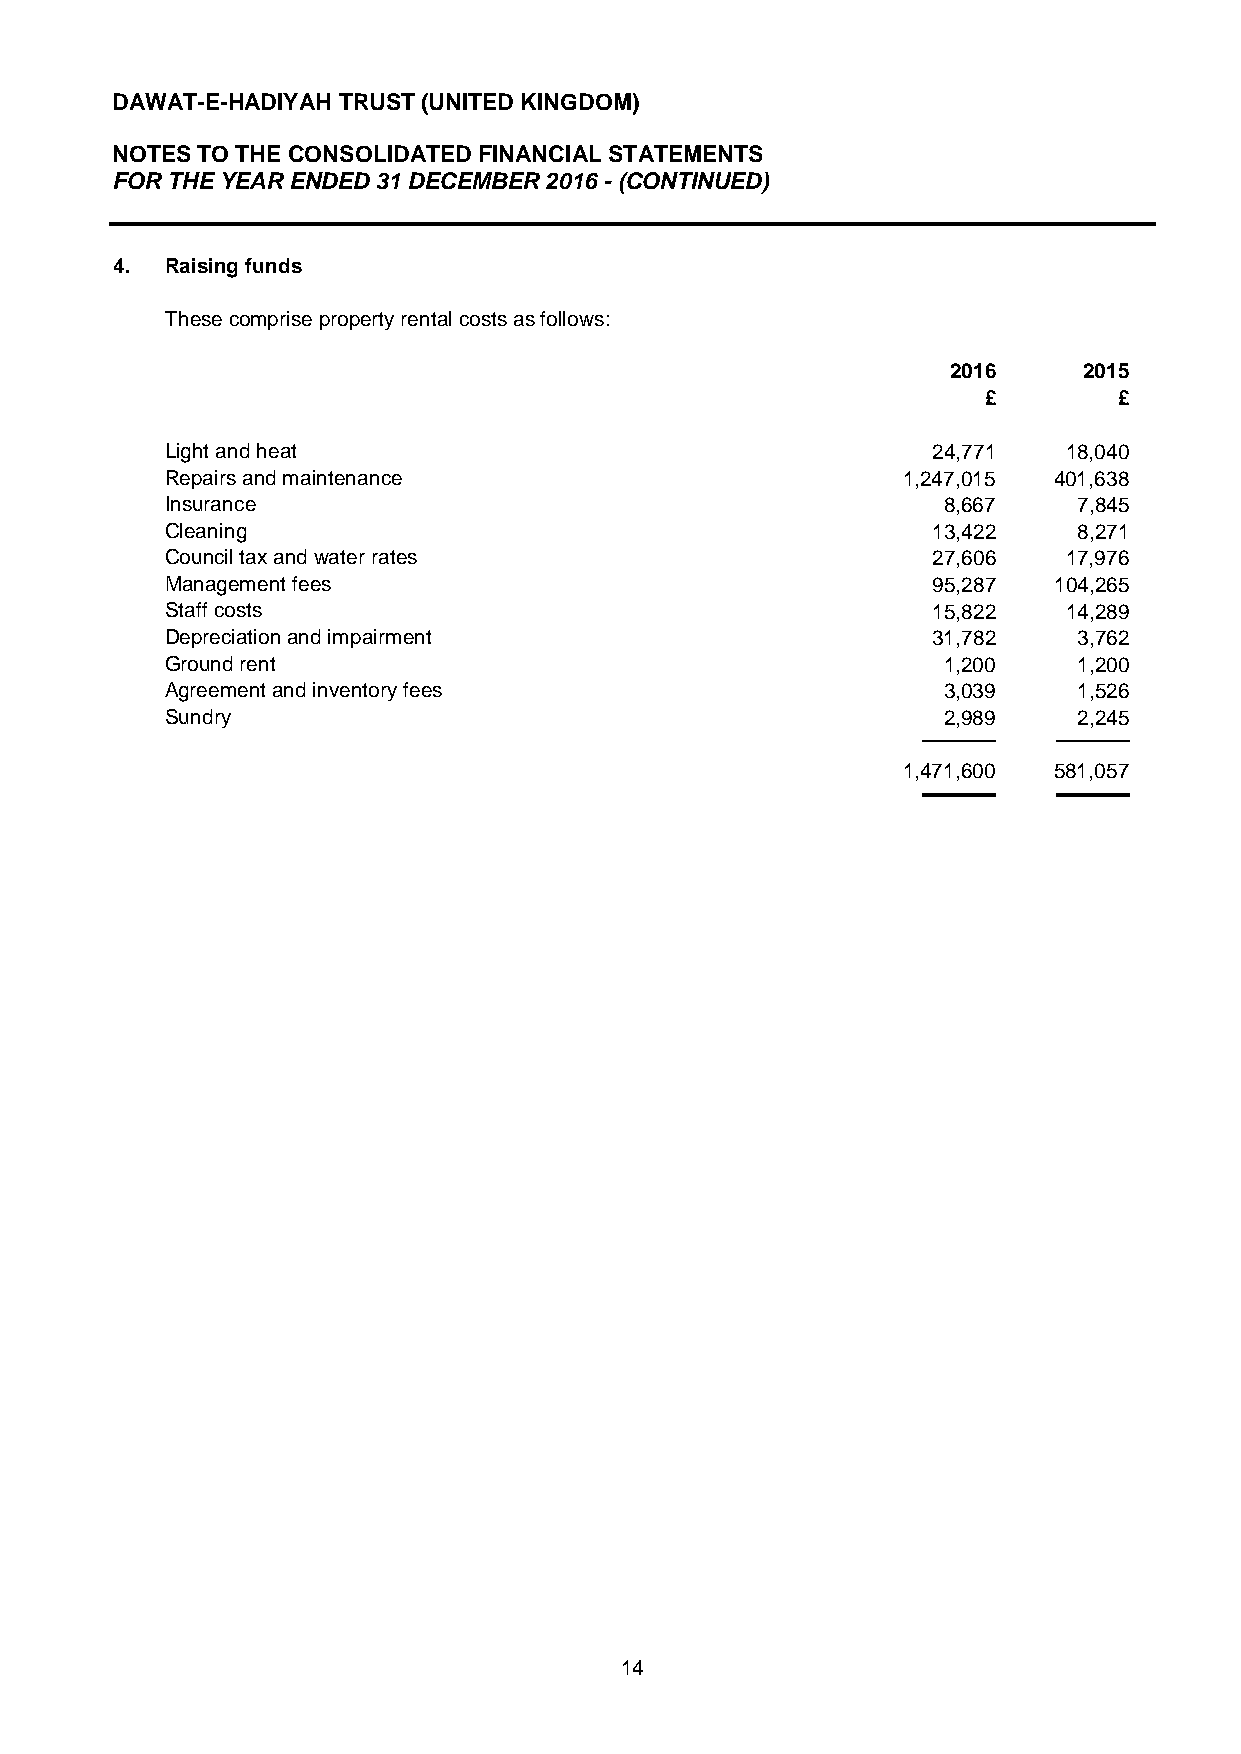
DAWAT-E-HADIYAH TRUST (UNITED KINGDOM)
 NOTES TO THE CONSOLIDATED FINANCIAL STATEMENTS
 FOR THE YEAR ENDED 31 DECEMBER 2016 - (CONTINUED)
 4. Raising funds
 These comprise property rental costs as follows:
 2016     2015
 £        £
 Light and heat                                     24,771   18,040
 Repairs and maintenance                          1,247,015 401,638
 Insurance                                          8,667    7,845
 Cleaning                                           13,422   8,271
 Council tax and water rates                        27,606   17,976
 Management fees                                    95,287  104,265
 Staff costs                                        15,822   14,289
 Depreciation and impairment                        31,782   3,762
 Ground rent                                        1,200    1,200
 Agreement and inventory fees                       3,039    1,526
 Sundry                                             2,989    2,245
 1,471,600 581,057
 14